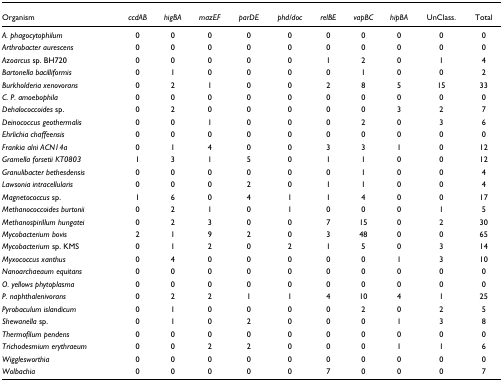
<table><thead><tr><td><b>Organism</b></td><td><b><i>ccdAB</i></b></td><td><b><i>higBA</i></b></td><td><b><i>mazEF</i></b></td><td><b><i>parDE</i></b></td><td><b><i>phd/doc</i></b></td><td><b><i>relBE</i></b></td><td><b><i>vapBC</i></b></td><td><b><i>hipBA</i></b></td><td><b>UnClass.</b></td><td><b>Total</b></td></tr></thead><tbody><tr><td><i>A. phagocytophilum</i></td><td>0</td><td>0</td><td>0</td><td>0</td><td>0</td><td>0</td><td>0</td><td>0</td><td>0</td><td>0</td></tr><tr><td><i>Arthrobacter aurescens</i></td><td>0</td><td>0</td><td>0</td><td>0</td><td>0</td><td>0</td><td>0</td><td>0</td><td>0</td><td>0</td></tr><tr><td><i>Azoarcus </i>sp. BH720</td><td>0</td><td>0</td><td>0</td><td>0</td><td>0</td><td>1</td><td>2</td><td>0</td><td>1</td><td>4</td></tr><tr><td><i>Bartonella bacilliformis</i></td><td>0</td><td>1</td><td>0</td><td>0</td><td>0</td><td>0</td><td>1</td><td>0</td><td>0</td><td>2</td></tr><tr><td><i>Burkholderia xenovorans</i></td><td>0</td><td>2</td><td>1</td><td>0</td><td>0</td><td>2</td><td>8</td><td>5</td><td>15</td><td>33</td></tr><tr><td><i>C. P. amoebophila</i></td><td>0</td><td>0</td><td>0</td><td>0</td><td>0</td><td>0</td><td>0</td><td>0</td><td>0</td><td>0</td></tr><tr><td><i>Dehalococcoides </i>sp.</td><td>0</td><td>2</td><td>0</td><td>0</td><td>0</td><td>0</td><td>0</td><td>3</td><td>2</td><td>7</td></tr><tr><td><i>Deinococcus geothermalis</i></td><td>0</td><td>0</td><td>1</td><td>0</td><td>0</td><td>0</td><td>2</td><td>0</td><td>3</td><td>6</td></tr><tr><td><i>Ehrlichia chaffeensis</i></td><td>0</td><td>0</td><td>0</td><td>0</td><td>0</td><td>0</td><td>0</td><td>0</td><td>0</td><td>0</td></tr><tr><td><i>Frankia alni ACN14a</i></td><td>0</td><td>1</td><td>4</td><td>0</td><td>0</td><td>3</td><td>3</td><td>1</td><td>0</td><td>12</td></tr><tr><td><i>Gramella forsetii KT0803</i></td><td>1</td><td>3</td><td>1</td><td>5</td><td>0</td><td>1</td><td>1</td><td>0</td><td>0</td><td>12</td></tr><tr><td><i>Granulibacter bethesdensis</i></td><td>0</td><td>0</td><td>0</td><td>0</td><td>0</td><td>0</td><td>1</td><td>0</td><td>0</td><td>4</td></tr><tr><td><i>Lawsonia intracellularis</i></td><td>0</td><td>0</td><td>0</td><td>2</td><td>0</td><td>1</td><td>1</td><td>0</td><td>0</td><td>4</td></tr><tr><td><i>Magnetococcus </i>sp.</td><td>1</td><td>6</td><td>0</td><td>4</td><td>1</td><td>1</td><td>4</td><td>0</td><td>0</td><td>17</td></tr><tr><td><i>Methanococcoides burtonii</i></td><td>0</td><td>2</td><td>1</td><td>0</td><td>1</td><td>0</td><td>0</td><td>0</td><td>1</td><td>5</td></tr><tr><td><i>Methanospirillum hungatei</i></td><td>0</td><td>2</td><td>3</td><td>0</td><td>0</td><td>7</td><td>15</td><td>0</td><td>2</td><td>30</td></tr><tr><td><i>Mycobacterium bovis</i></td><td>2</td><td>1</td><td>9</td><td>2</td><td>0</td><td>3</td><td>48</td><td>0</td><td>0</td><td>65</td></tr><tr><td><i>Mycobacterium </i>sp. KMS</td><td>0</td><td>1</td><td>2</td><td>0</td><td>2</td><td>1</td><td>5</td><td>0</td><td>3</td><td>14</td></tr><tr><td><i>Myxococcus xanthus</i></td><td>0</td><td>4</td><td>0</td><td>0</td><td>0</td><td>0</td><td>0</td><td>1</td><td>3</td><td>10</td></tr><tr><td><i>Nanoarchaeaum equitans</i></td><td>0</td><td>0</td><td>0</td><td>0</td><td>0</td><td>0</td><td>0</td><td>0</td><td>0</td><td>0</td></tr><tr><td><i>O. yellows phytoplasma</i></td><td>0</td><td>0</td><td>0</td><td>0</td><td>0</td><td>0</td><td>0</td><td>0</td><td>0</td><td>0</td></tr><tr><td><i>P. naphthalenivorans</i></td><td>0</td><td>2</td><td>2</td><td>1</td><td>1</td><td>4</td><td>10</td><td>4</td><td>1</td><td>25</td></tr><tr><td><i>Pyrobaculum islandicum</i></td><td>0</td><td>1</td><td>0</td><td>0</td><td>0</td><td>0</td><td>2</td><td>0</td><td>2</td><td>5</td></tr><tr><td><i>Shewanella </i>sp.</td><td>0</td><td>1</td><td>0</td><td>2</td><td>0</td><td>0</td><td>0</td><td>1</td><td>3</td><td>8</td></tr><tr><td><i>Thermofilum pendens</i></td><td>0</td><td>0</td><td>0</td><td>0</td><td>0</td><td>0</td><td>0</td><td>0</td><td>0</td><td>0</td></tr><tr><td><i>Trichodesmium erythraeum</i></td><td>0</td><td>0</td><td>2</td><td>2</td><td>0</td><td>0</td><td>0</td><td>1</td><td>1</td><td>6</td></tr><tr><td><i>Wigglesworthia</i></td><td>0</td><td>0</td><td>0</td><td>0</td><td>0</td><td>0</td><td>0</td><td>0</td><td>0</td><td>0</td></tr><tr><td><i>Wolbachia</i></td><td>0</td><td>0</td><td>0</td><td>0</td><td>0</td><td>7</td><td>0</td><td>0</td><td>0</td><td>7</td></tr></tbody></table>